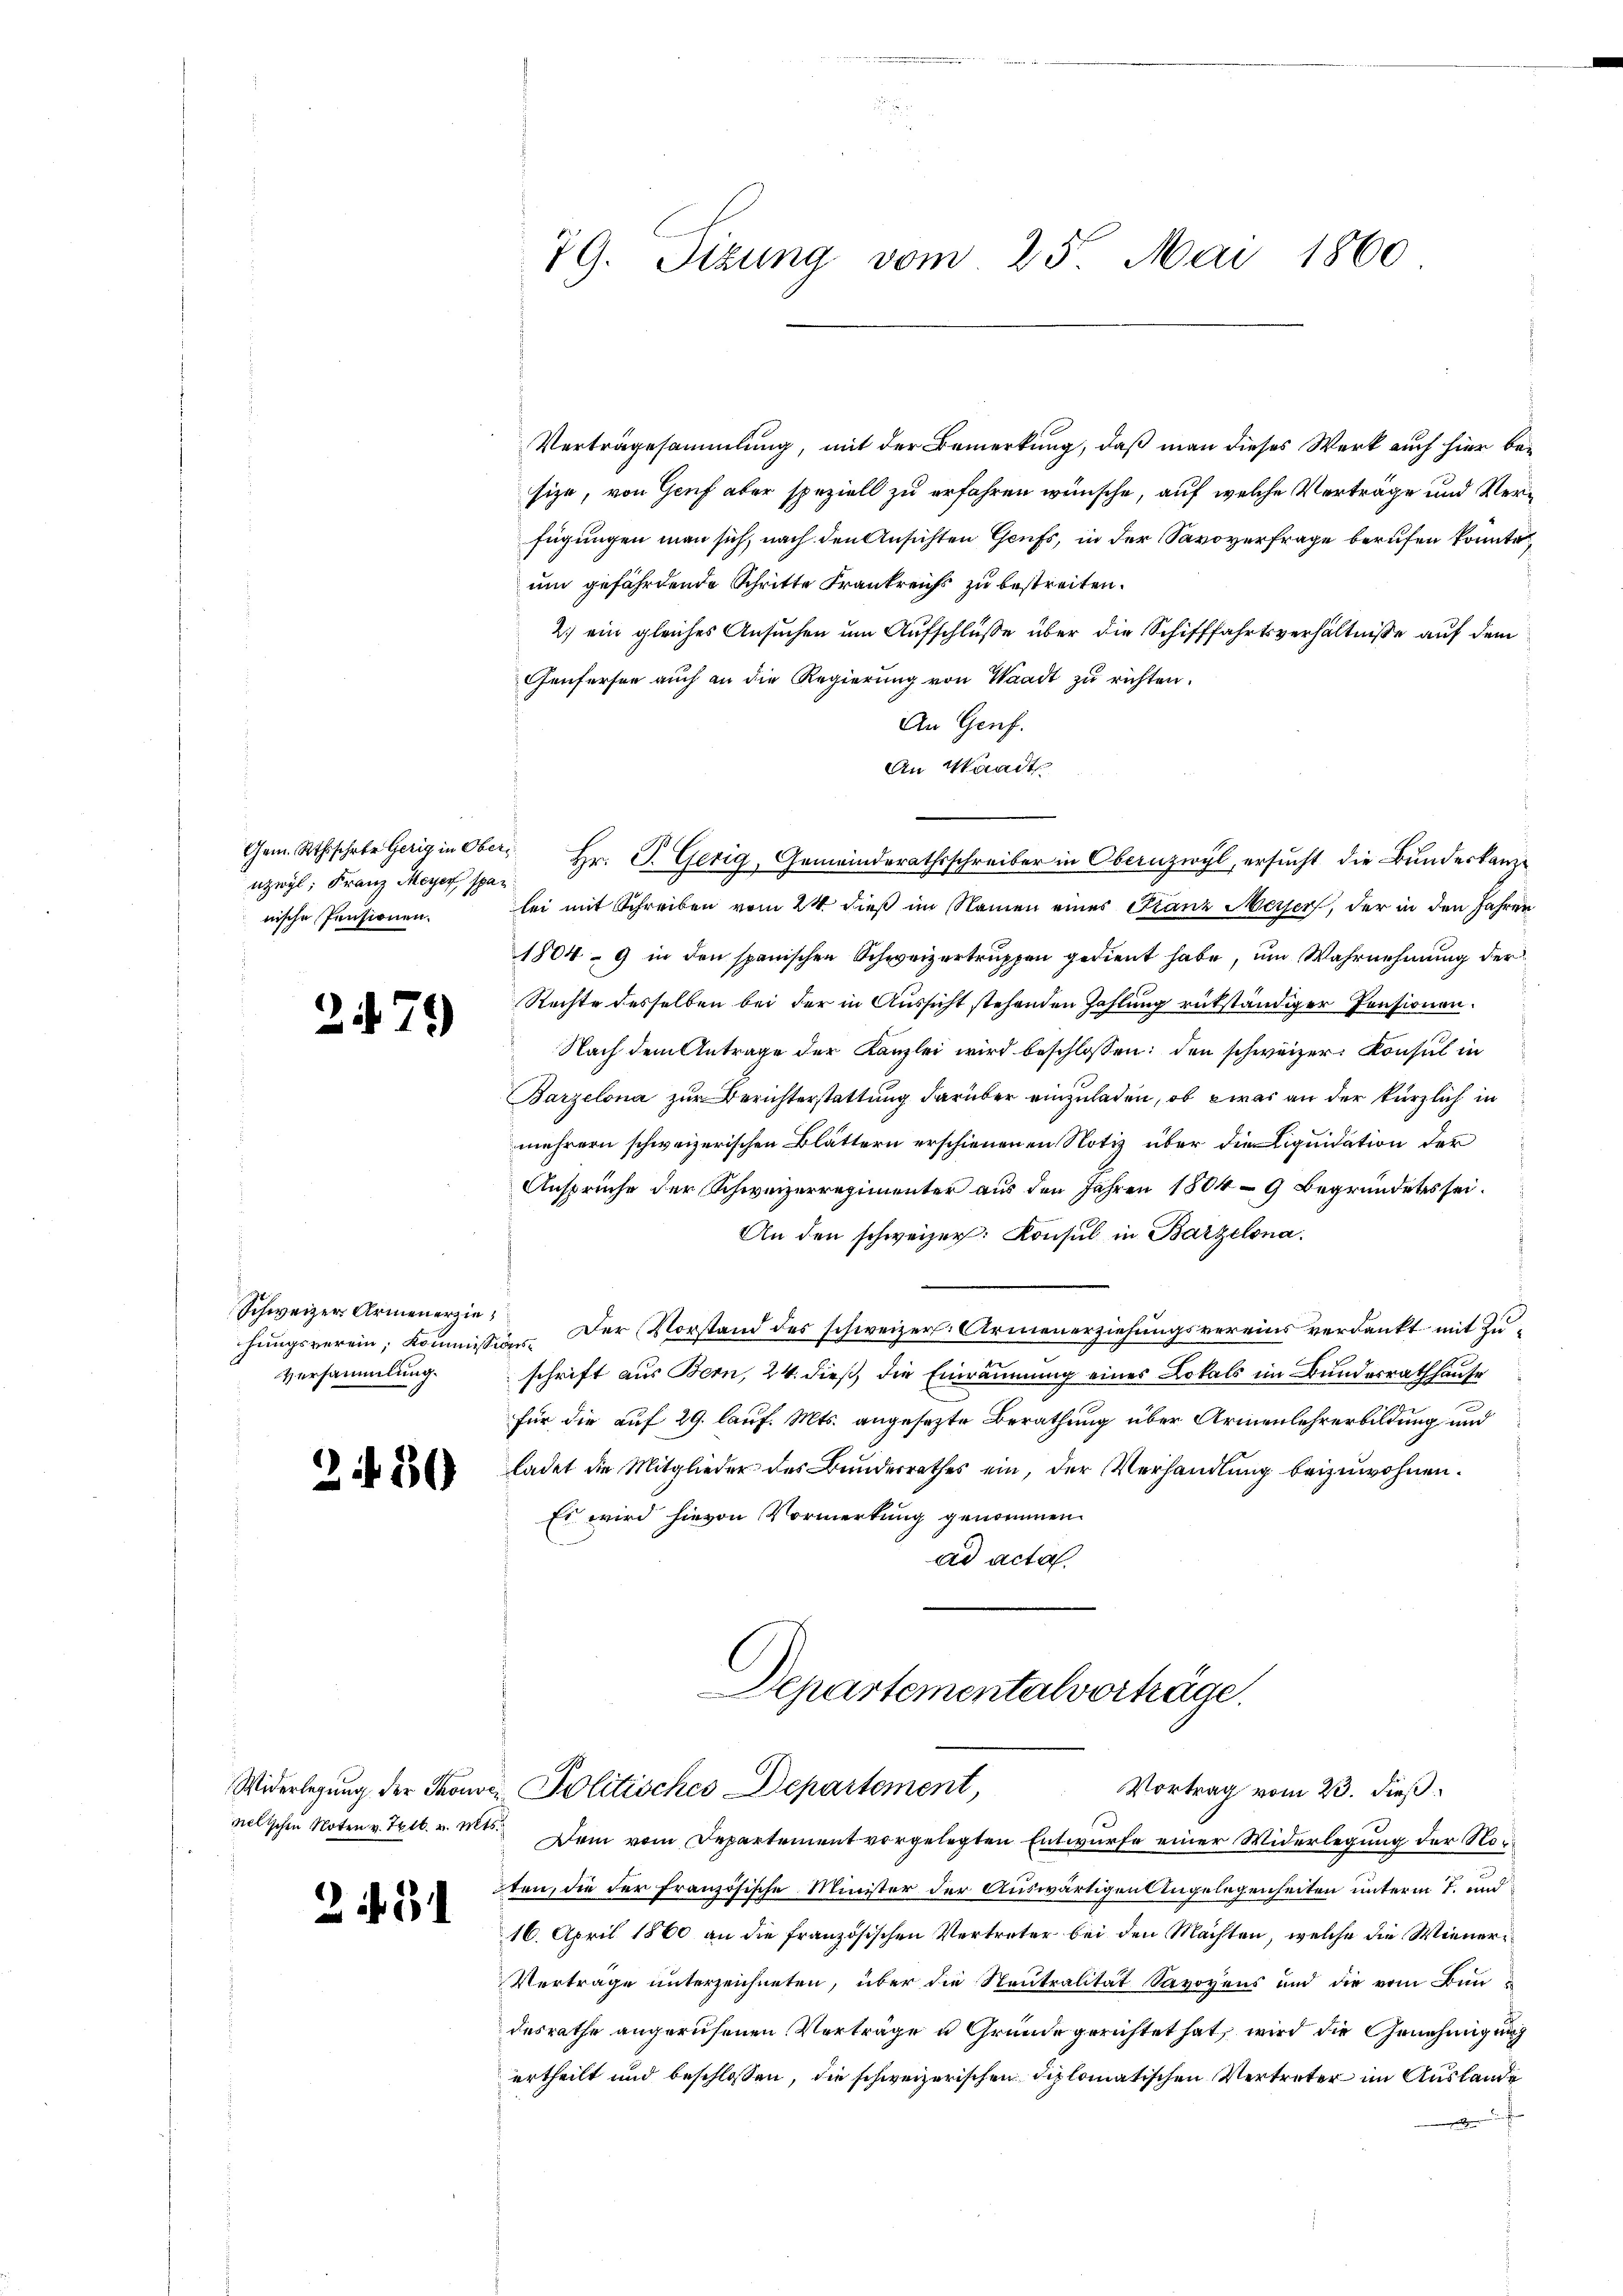
uzwyl, Franz Meyer spanische Pensionen.

247.

Schweizer Armenerziehungsverein; Kommissi
Versammlung.

50

Z 31

79. Sizung vom 25. Mai 1860

Verträgesammlung, mit der Bemerkung, daß man dieses Werk auch hier besize, von Genf aber speziell zu erfahren wünsche, auf welche Verträge und Verfügungen man sich, nach den Ansichten Grufs, in der Savoyerfrage berufen konnte,
um gefährtende Schritte Frankreichs zu bestreiten.
2.) ein gleiches Ansuchen um Aufschlüsse über die Schifffahrtsverhältnisse auf dem
Genfersen auch an die Regierung von Waadt zu richten.
An Genf.
An Waadt
Gem. Rthssche Gerig in Ober Hr. P. Gerig, Gemeinderathsschreiber in Obernzwyl, ersucht die Bundeskanzlei mit Schreiben vom 24. dieß im Namen eines Stanz Merser, der in den Jahren
1804 - 9 in den spanischen Schweizertruppen gedient habe, um Wahrnehmung der
Rechte desselben bei der in Aussicht stehenden Zahlung rükständiger Pensionen.
Nach dem Antrage der Kanzlei wird beschlossen: den schweizer. Konsul in
Barzelona zur Berichterstattung darüber einzuladen, ob was an der kürzlich in
mehrern schweizerischen Blättern erschienenen Notiz über die Liquidation der
Ansprüche der Schweizerregimenter aus den Jahren 1804-9 Begründetes sei.
An den schweizer: Konsul in Barzelona.
 Der Vorstand des schweizer Armenerziehungsvereins verdankt mit Zuors
schrift aus Bern, 24. dieß, die Einräumung eines Lokals im Bundesrathhause
für die auf 29. lauf. Mts. angesezte Berathung über Armenlehrerbildung und
ladet die Mitglieder des Bunderrathes ein, der Verhandlung beizuwohnen.
Es wird hievon Vormerkung genommen.
ad acta
Departementalvorträge.

Widerlegung der Thonori Politisches Departement,
Vortrag vom 23. dieß:

nelischen Noten v. Tett. v. Mts. Dem vom Departement vorgelegten Entwurfe einer Widerlegung der Nor
ten, die der französische Minister der Auswärtigen Angelegenheiten unterm 7. und
16. April 1860 an die französischen Vertreter bei den Machten, welche die Wiener¬
Verträge unterzeichneten, über die Neutralität Savoyens und die vom Bundesrathe angerufenen Vorträge u Grunde gerichtet hat, wird die Genehmigung
urtheilt und beschlossen, die schweizerischen Diplomatischen Vertreter im Auslande
t